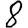
Digit: 8